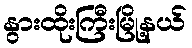
နွားထိုးကြီးမြို့နယ်